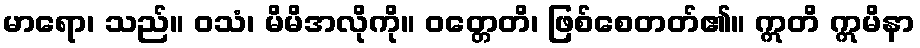
မာရော၊ သည်။ ဝသံ၊ မိမိအလိုကို။ ဝတ္တေတိ၊ ဖြစ်စေတတ်၏။ ဣတိ ဣမိနာ